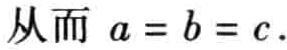
从而 \(a = b = c\).